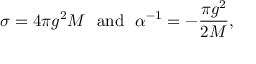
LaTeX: \sigma = 4 \pi g ^ { 2 } M ~ ~ \mathrm { a n d } ~ ~ \alpha ^ { - 1 } = - \frac { \pi g ^ { 2 } } { 2 M } ,